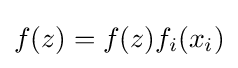
f(z)=f(z)f_{i}(x_{i})